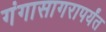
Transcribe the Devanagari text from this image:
गंगासागरापर्यंत